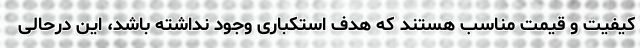
کیفیت و قیمت مناسب هستند که هدف استکباری وجود نداشته باشد، این درحالی